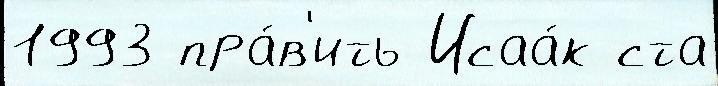
1993 пра́в'ить Исаа́к ста